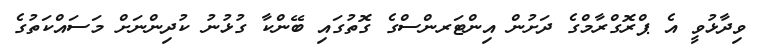
ވިދާޅުވީ އެ ޕްރޮގްރާމްގެ ދަށުން އިންޓަރންސްގެ ގޮތުގައި ބޭންކާ ގުޅުނު ކުދިންނަށް މަސައްކަތުގެ